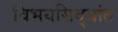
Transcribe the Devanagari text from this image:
विभयसिद्धांत